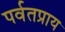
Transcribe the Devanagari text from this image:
पर्वतप्राय